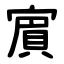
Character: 賔